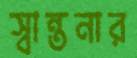
স্বান্তনার